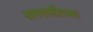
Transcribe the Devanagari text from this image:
श्रमशक्तीच्या